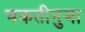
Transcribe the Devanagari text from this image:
चकतीनुमा